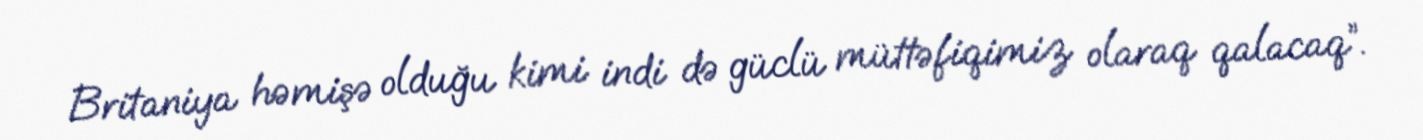
Britaniya həmişə olduğu kimi indi də güclü müttəfiqimiz olaraq qalacaq”.